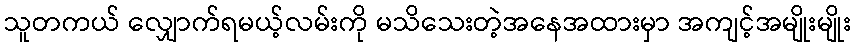
သူတကယ် လျှောက်ရမယ့်လမ်းကို မသိသေးတဲ့အနေအထားမှာ အကျင့်အမျိုးမျိုး